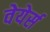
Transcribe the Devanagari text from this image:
वेयेर्स